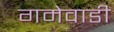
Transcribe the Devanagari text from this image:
गमेवाडी